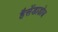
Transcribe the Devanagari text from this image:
हैसेंडाडोज